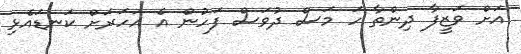
އަށް ވަޒީފާ ދިންތާ ހަ މަސް ދުވަސް ފަހުން އެ އަހަރަށް ކަނޑައެޅި